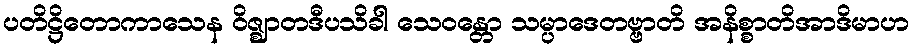
ပတိဋ္ဌိတောကာသေန ဝိဇ္ဈာတဒီပသိခါ သေဝန္တော သမ္ပာဒေတဗ္ဗာတိ အနိစ္စာတိအာဒိမာဟ